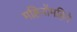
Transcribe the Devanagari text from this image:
महिनोंमहिने